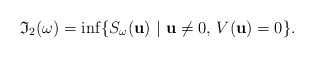
\begin{align*}\mathfrak{I}_2(\omega) = \inf \{ S_\omega ({\bf u}) \ |\ {\bf u}\neq0, \, V({\bf u}) = 0\}.\end{align*}